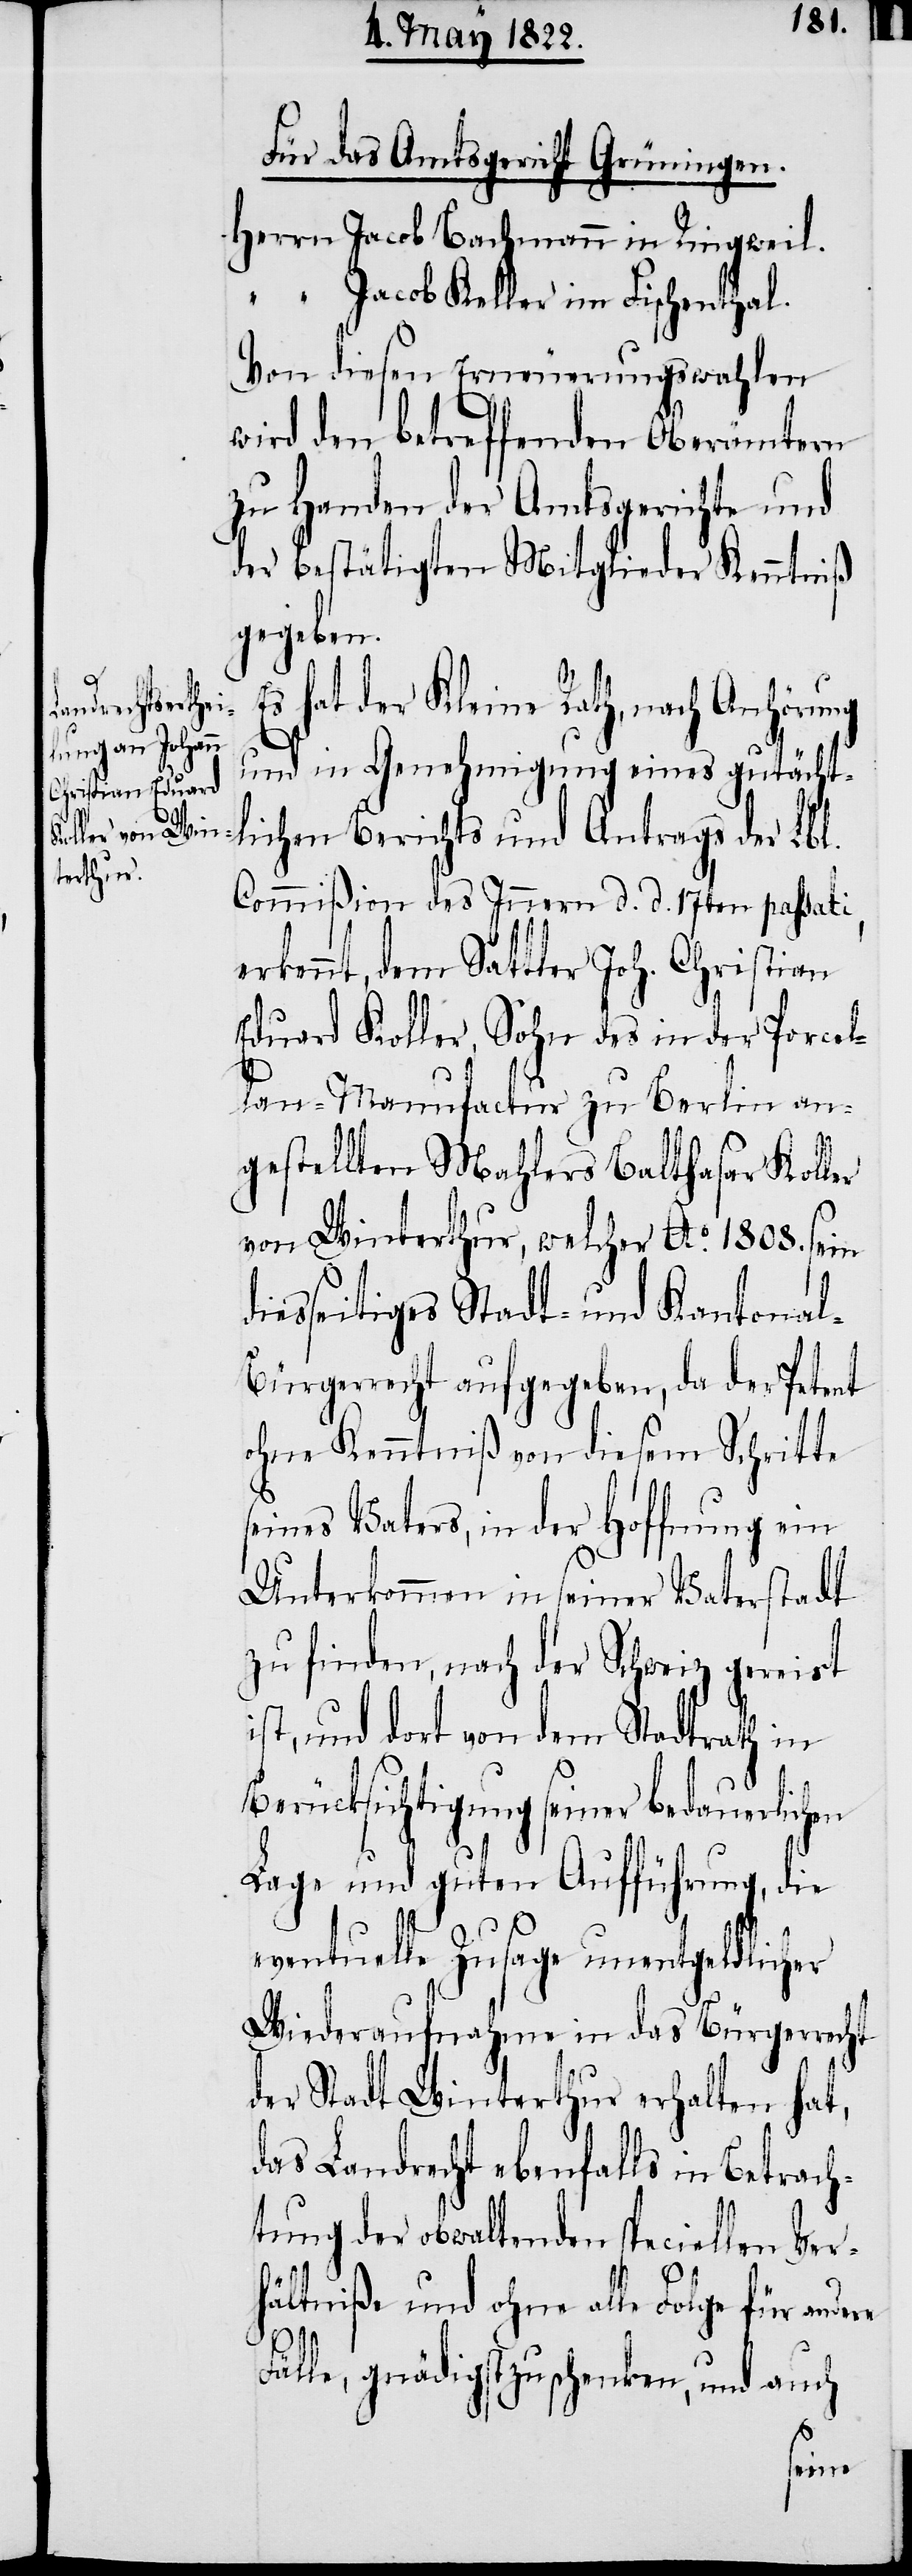
d¬

Für das Amtsgericht Grüningen.
Herrn Jacob Bachmann in Ringweil.
“ Jacob Keller in Fischenthal.
Von diesen Erneuerungswahlen
wird den betreffenden Oberämtern
zu Handen der Amtsgerichte und
der bestätigten Mitglieder Kenntniß
gegeben.
hat der Kleine Rath, nach Anhörung
und in Genehmigung eines gutächt¬
lichen Berichts und Antrags der Lbl.
Commißion des Innern d. d. 17ten passati,
erkennt, dem Sattler Joh. Christian
Eduard Koller, Sohn des in der Porcel¬
lan-Manufactur zu Berlin an¬
gestellten Mahlers Balthasar Koller
von Winterthur, welcher Ao. 1808. sein
iesseitiges Stadt- und Kantonal-B¬
ürgerrecht aufgegeben, da der Petent
ohne Kenntniß von diesem Schritte
seines Vaters, in der Hoffnung ein
Unterkommen in seiner Vaterstadt
zu finden, nach der Schweiz gereist
ist, und dort von dem Stadtrath in
Berücksichtigung seiner bedauerlichen
Lage und guten Aufführung, die
eventuelle Zusage unentgeldlicher
Wiederaufnahme in das Bürgerrecht
der Stadt Winterthur erhalten hat,
das Landrecht ebenfalls in Betrach¬
tung der obwaltenden speciellen Ver¬
hältniße und ohne alle Folge für andere
Fälle, gnädigst zu schenken, und auch